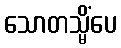
သောတသ္မိံပေ